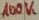
Text: 100K